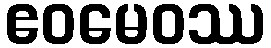
ဧဝမေဝဿ